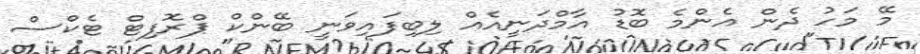
މޭ މަހު ދެން އެންމެ ބޮޑު އާމްދަނީއެއް ލިބިފައިވަނީ ބޭންކް ޕްރޮފިޓް ޓެކްސް